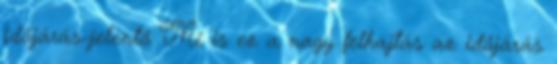
időjárás-jelentő Mi is ez a nagy fel­haj­tás az idő­já­rás